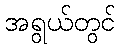
အရွယ်တွင်